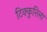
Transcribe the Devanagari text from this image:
टिक्कुरिला